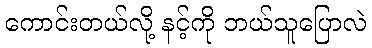
ကောင်းတယ်လို့ နင့်ကို ဘယ်သူပြောလဲ